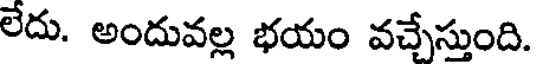
లేదు. అందువల్ల భయం వచ్చేస్తుంది.